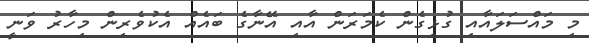
މި މައްސަލައާއި ގުޅިގެން ކެމަރަން އާއި އޭނާގެ ބައެއް އެކުވެރިން މިހާރު ވަނީ